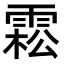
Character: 𩃭